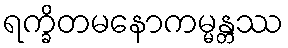
ရက္ခိတမနောကမ္မန္တဿ